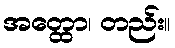
အတ္ထော၊ တည်း။